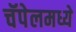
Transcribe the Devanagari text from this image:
चॅपेलमध्ये